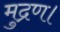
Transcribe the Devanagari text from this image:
मुद्रण।